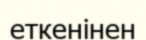
еткенінен